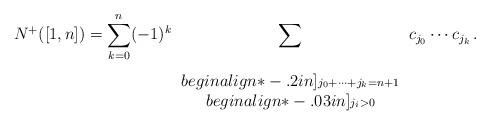
LaTeX: \begin{align*}N^+ ([1,n]) = \sum_{k=0}^n (-1)^k\sum_{\begin{array}{c}\\begin{align*}-.2in]\scriptstyle j_0+\dots+j_k=n+1\\begin{align*}-.03in]\scriptstyle j_i>0\end{array}}c_{j_0} \cdots c_{j_k} \,.\end{align*}